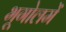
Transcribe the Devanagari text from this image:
भूगोलमें